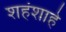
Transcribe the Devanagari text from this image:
शहंशाहे